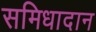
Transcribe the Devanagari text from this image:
समिधादान